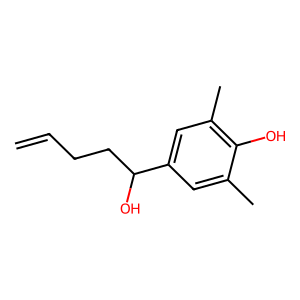
SMILES: C=CCCC(O)c1cc(C)c(O)c(C)c1
Inhibits HIV replication: No